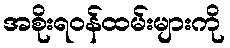
အစိုးရဝန်ထမ်းများကို